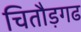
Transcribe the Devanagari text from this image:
चितौड़गढ